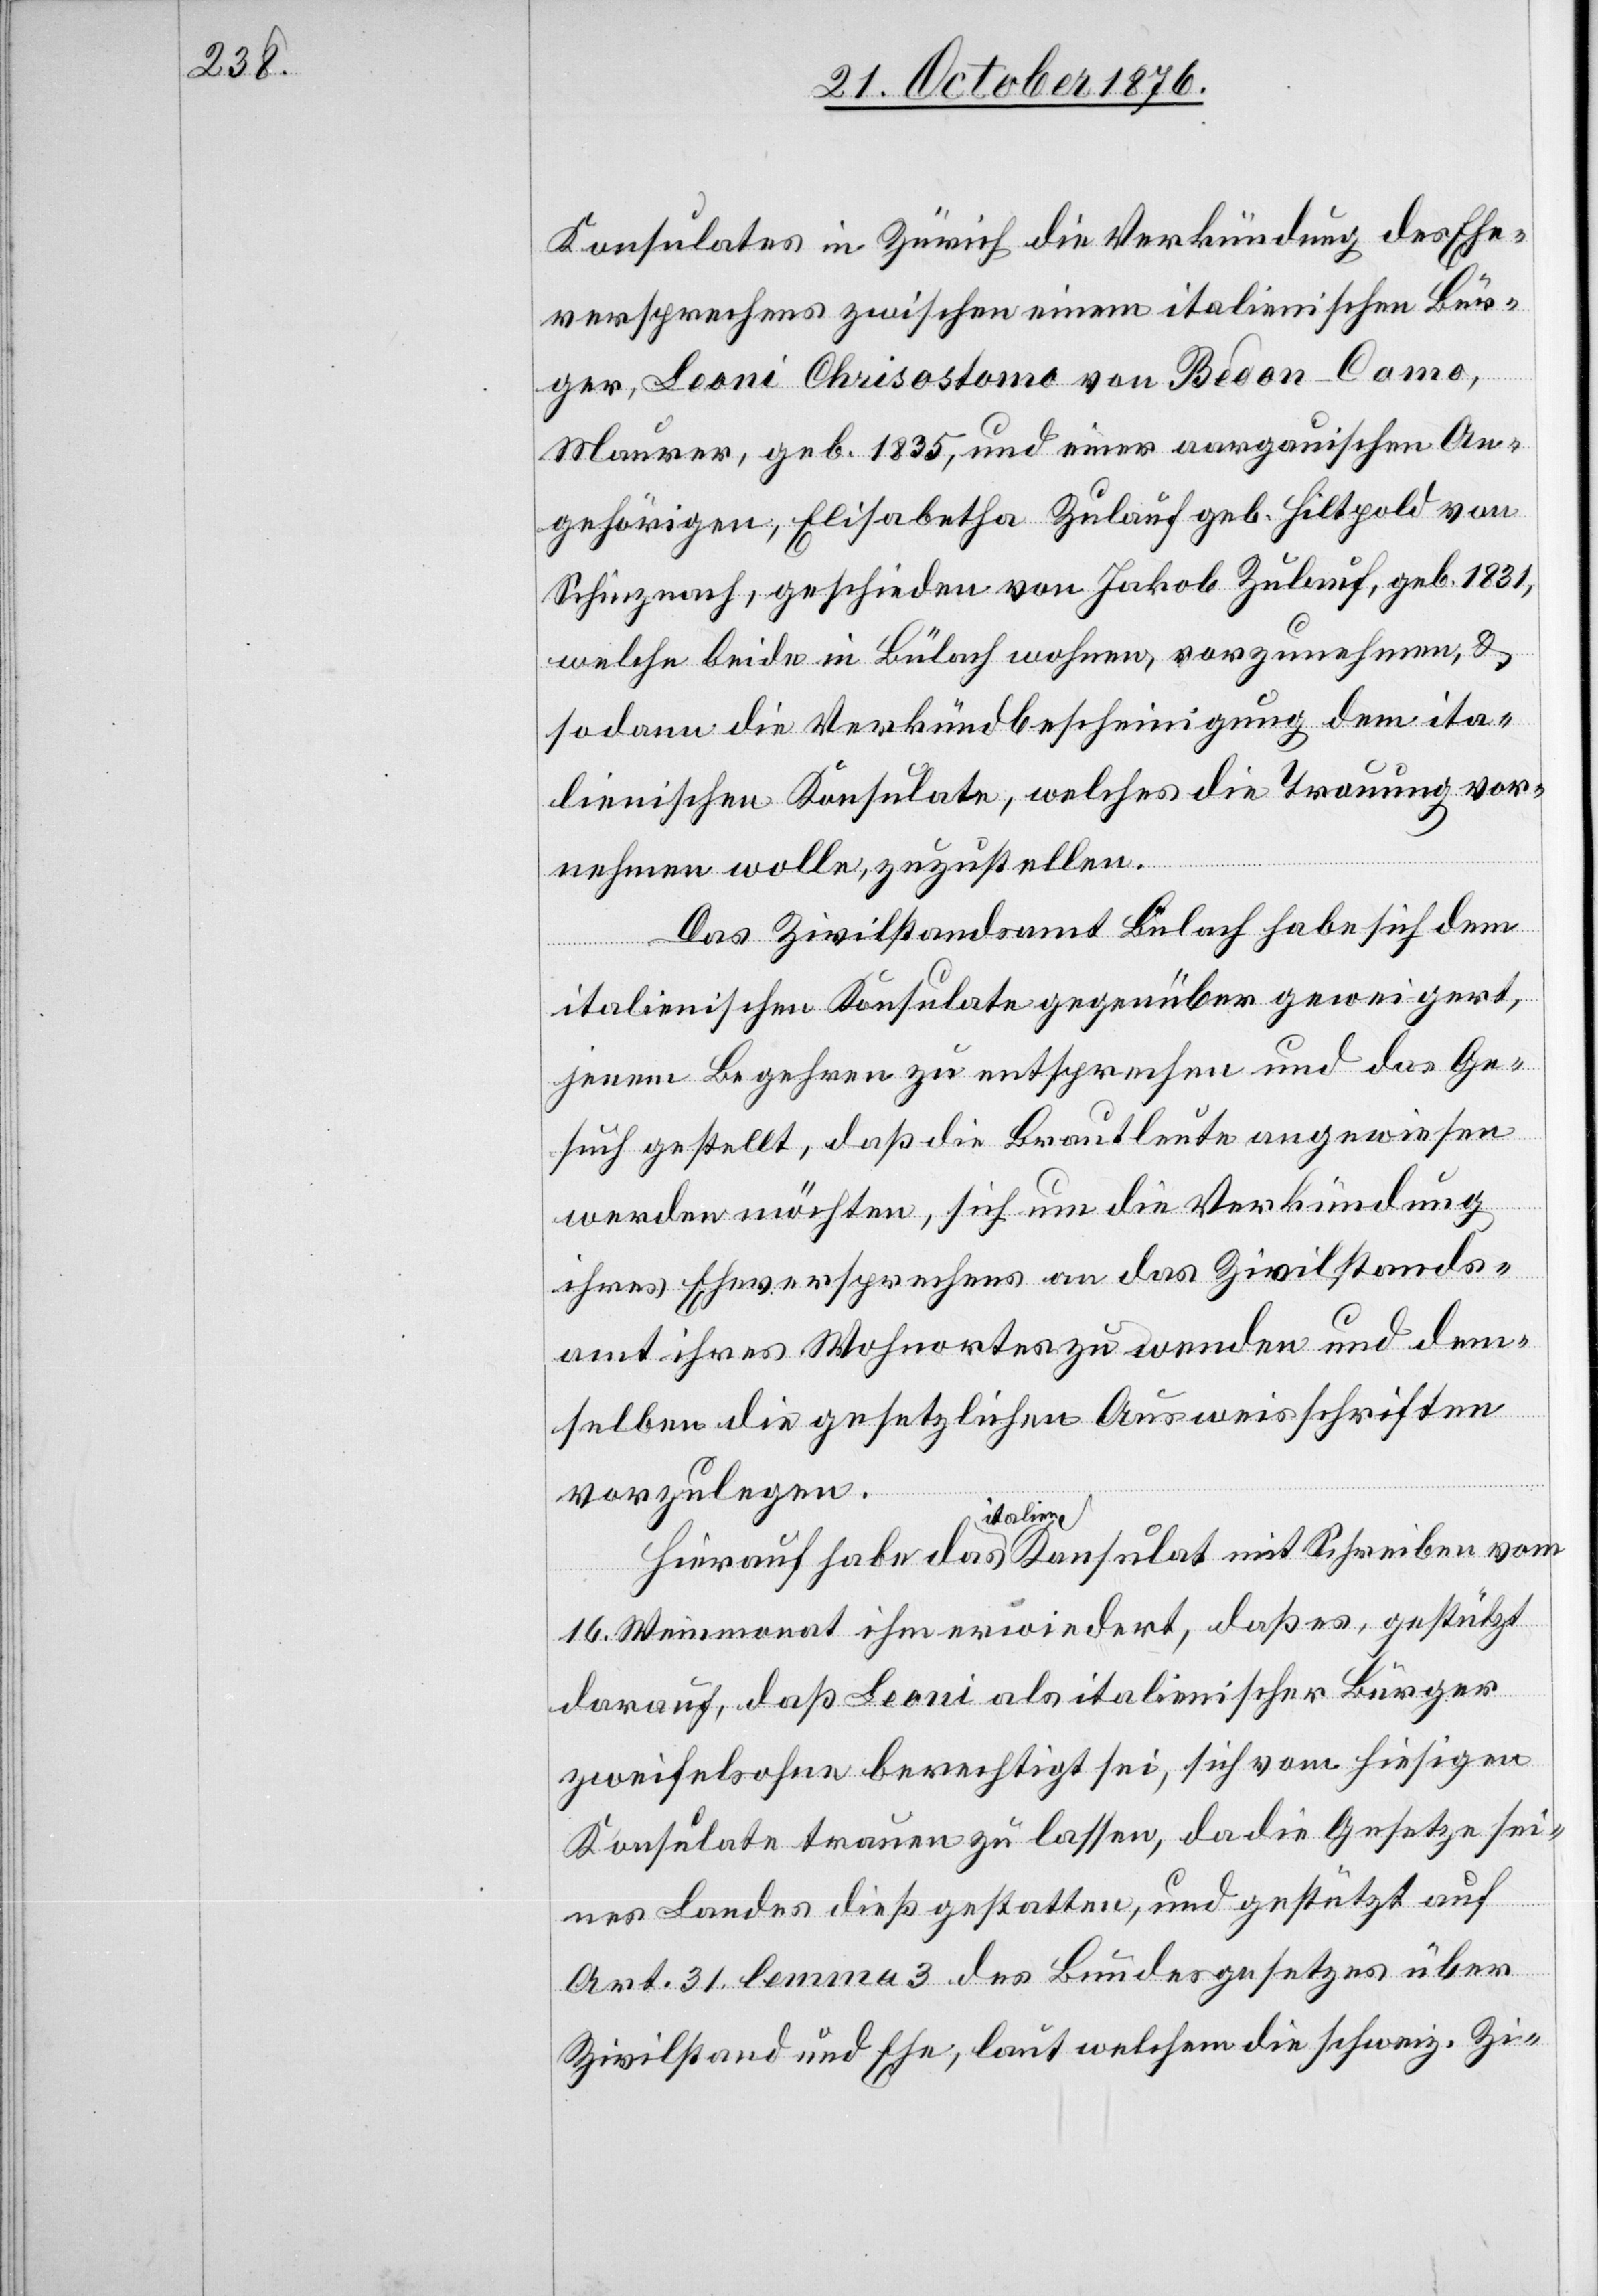
Konsulates in Zürich die Verkündung des Ehe¬
versprechens zwischen einem italienischen Bür¬
Hierauf
ger, Leoni Chrisostomo von Bedon - Como,
Maurer, geb. 1835, und einer aargauischen An¬
gehörigen, Elisabetha Zulauf geb. Hiltpold von
Schinznach, geschieden von Jakob Zulauf, geb. 1731,
welche beide in Bülach wohnen, vorzunehmen, &
sodann die Verkündbescheinigung dem ita¬
lienischen Konsulate, welches die Trauung vor¬
nehmen wolle, zuzustellen.
Das Zivilstandsamt Bülach habe sich dem
italienischen Konsulate gegenüber geweigert,
jenem Begehren zu entsprechen und das Ge¬
such gestellt, daß die Brautleute angewiesen
werden möchten, sich um die Verkündung
ihres Eheversprechens an das Zivilstands¬
amt ihres Wohnortes zu wenden und dem¬
selben die gesetzlichen Ausweisschriften
vorzulegen.
italien.
16. Weinmonat ihm erwiedert, daß es, gestützt
darauf, daß Leoni als italienischer Bürger
zweifelsohne berechtigt sei, sich vom hiesigen
Konsulate trauen zu lassen, da die Gesetze sei¬
nes Landes dieß gestatten, und gestützt auf
Art. 31. lemma 3 des Bundesgesetzes über
Zivilstand und Ehe, laut welchem die schweiz. Zi-

mit